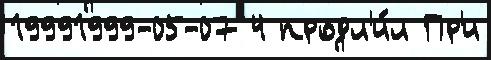
19991999-05-07 4 продл'и́л Пр'и